Civil Veterinary Dept. Bombay admin report 1932-41 - 1932-1941
Year: 1932
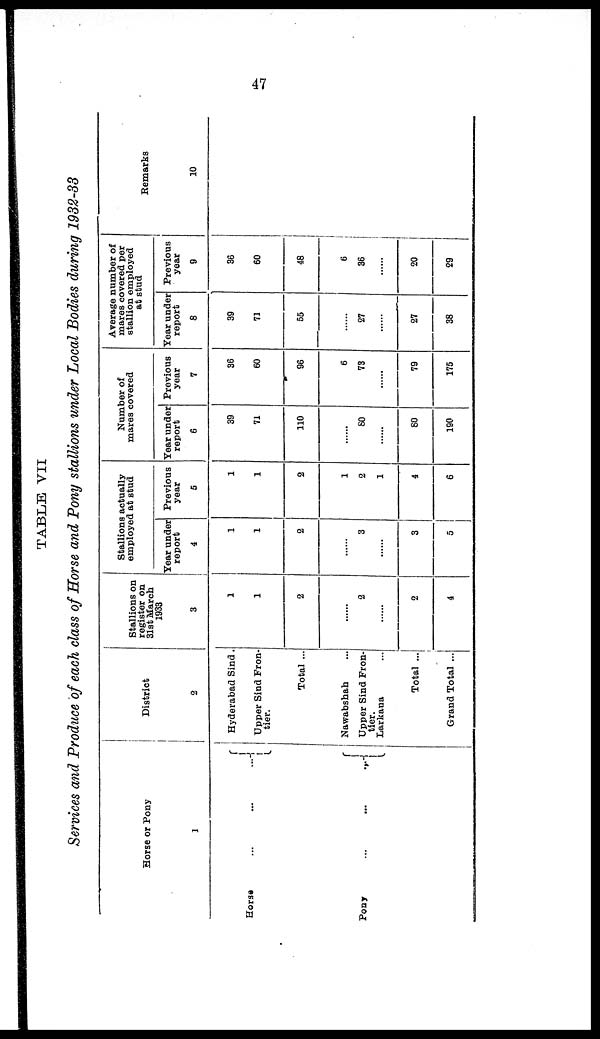
47
TABLE VII
Services and Produce of each class of Horse and Pony stallions under Local Bodies during 1932-33
Horse or Pony
1
Horse
...
...
...
Pony
...
...
...
District
2
Hyderabad Sind.
Upper Sind Fron-
tier.
Total ...
Nawabshah ...
Upper Sind Fron-
tier.
Larkana ...
Total ...
Grand Total ...
Stallions on
register on
31st March
1933
3
1
1
2
……
2
……
2
4
Stallions actually
employed at stud
Year under
report
4
1
1
2
……
3
……
3
5
Previous
year
5
1
1
2
1
2
1
4
6
Number of
mares covered
Tear under
report
6
39
71
110
……
80
……
80
190
Previous
year
7
36
60
96
6
73
……
79
175
Average number of
mares covered per
stallion employed
at stud
Year under
report
8
39
71
55
……
27
……
27
38
Previous
year
9
36
60
48
6
36
……
20
29
Remarks
10